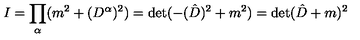
I = \prod _ { \alpha } ( m ^ { 2 } + ( D ^ { \alpha } ) ^ { 2 } ) = \det ( - ( \hat { D } ) ^ { 2 } + m ^ { 2 } ) = \det ( \hat { D } + m ) ^ { 2 }